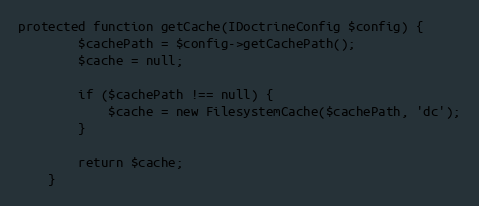
Language: PHP
protected function getCache(IDoctrineConfig $config) {
        $cachePath = $config->getCachePath();
        $cache = null;

        if ($cachePath !== null) {
            $cache = new FilesystemCache($cachePath, 'dc');
        }

        return $cache;
    }